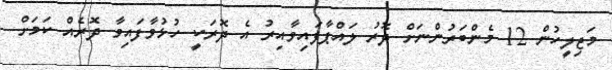
މަޖިލީހުން 12 މެންބަރުންނަށް ދޮރު ލައްޕާފައިވާއިރު އެ ދޮރަކީ ހުޅުވާފައިވާ ދޮރެއް ކަމަށް